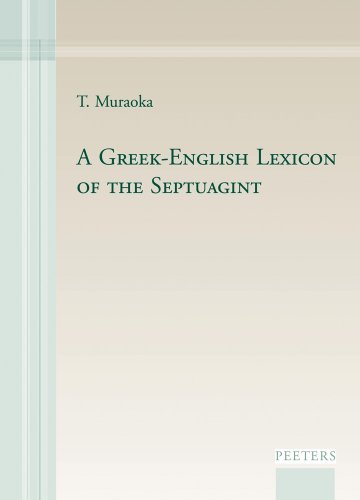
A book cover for A Greek-English Lexicon of the Septuagint; T Muraoka; Christian Books & Bibles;